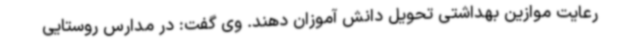
رعایت موازین بهداشتی تحویل دانش آموزان دهند. وی گفت: در مدارس روستایی